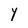
Character: Y